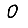
Digit: 0